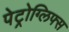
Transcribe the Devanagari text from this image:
पेट्रोग्लिफ्स